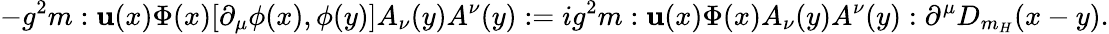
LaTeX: -g^{2}m:\mathbf{u}(x)\Phi(x)[\partial_{\mu}\phi(x),\phi(y)]A_{\nu}(y)A^{\nu}(y):=ig^{2}m:\mathbf{u}(x)\Phi(x)A_{\nu}(y)A^{\nu}(y):\partial^{\mu}D_{m_{H}}(x-y).